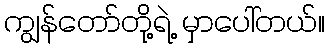
ကျွန်တော်တို့ရဲ့ မှာပေါ်တယ်။